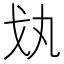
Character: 𢦗